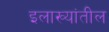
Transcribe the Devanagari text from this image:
इलाख्यांतील